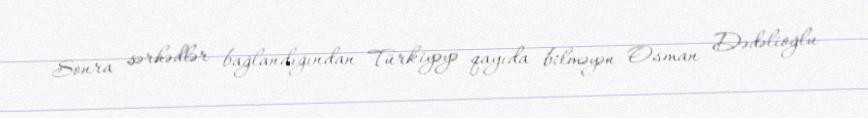
Sonra sərhədlər bağlandığından Türkiyəyə qayıda bilməyən Osman Dədəlioğlu